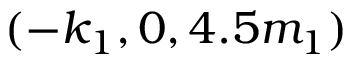
( - k _ { 1 } , 0 , 4 . 5 m _ { 1 } )